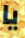
يا